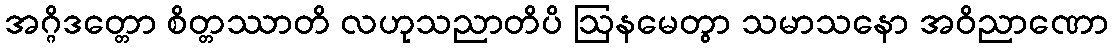
အဂ္ဂိဒတ္တော စိတ္တဿာတိ လဟုသညာတိပိ ဩနမေတွာ သမာသနော အဝိညာဏော